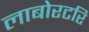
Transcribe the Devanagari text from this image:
लाबोरटरि